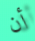
أن